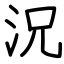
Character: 況